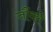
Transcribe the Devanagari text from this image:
जौंवरी